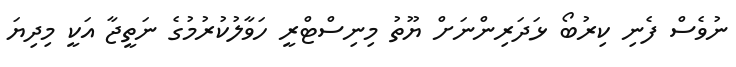
ނުވެސް ފެނި ކިރުބޯ ޅަދަރިންނަށް ޔޫތު މިނިސްޓްރީ ހަވާލުކުރުމުގެ ނަތީޖާ އަކީ މިދިޔަ